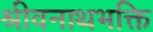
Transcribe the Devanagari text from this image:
श्रीवनाथभक्ति